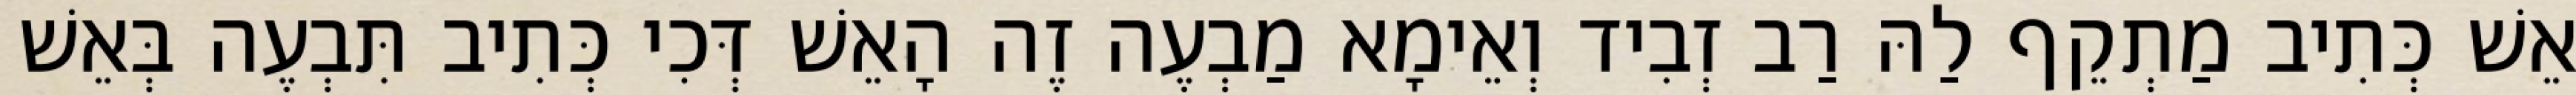
אֵשׁ כְּתִיב מַתְקֵף לַהּ רַב זְבִיד וְאֵימָא מַבְעֶה זֶה הָאֵשׁ דְּכִי כְּתִיב תִּבְעֶה בְּאֵשׁ